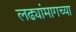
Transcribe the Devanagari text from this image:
लढ्यांमागच्या